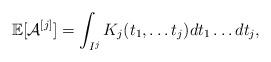
LaTeX: \begin{align*}\mathbb{E}[\mathcal{A}^{[j]}]=\int_{I^j}K_j(t_1,\dots t_j)dt_1\dots dt_j,\end{align*}